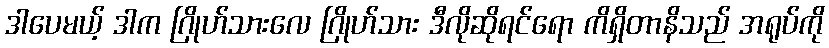
ဒါပေမယ့် ဒါက ဂြိုဟ်သားလေ ဂြိုဟ်သား ဒီလိုဆိုရင်ရော ကိရှိတာနိသည် အရုပ်ကို